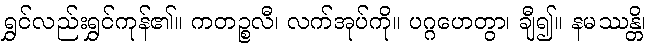
ရွှင်လည်းရွှင်ကုန်၏။ ကတဉ္စလီ၊ လက်အုပ်ကို။ ပဂ္ဂဟေတွာ၊ ချီ၍။ နမဿန္တိ၊